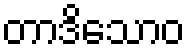
တာဒိသောဝ